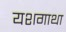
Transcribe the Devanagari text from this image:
यशगाथा